system: You are a helpful assistant.
user:
Analyze the provided spectrum to determine if it is a **M-type Giant (gM)**.

A M-type Giant spectrum is defined by its **strong molecular absorption** features, particularly from **Titanium Oxide (TiO)**. You must check for one of the following mutually exclusive signatures:

- **Key Visual Indicators (Absorption-Dominated Spectrum):**

    - **(Primary):** The spectrum is dominated by strong molecular absorption from **Titanium Oxide (TiO)**. This is the **defining feature** of its M-type temperature class.
        - **(Key Bandheads):** Look for sharp, "saw-tooth" absorption valleys. The strongest are located near **~7050 Å**, **~6160 Å**, and **~5170 Å**.
        - **(Line Profile):** The "saw-tooth" morphology is critical: a **sharp, steep drop on the BLUE (short-wavelength) side** of the bandhead, followed by a gradual recovery (rising flux) towards the RED (long-wavelength) side.

    - **(Key Confirmation - Giant vs. Dwarf):** **ABSENCE** of strong **Calcium Hydride (CaH)** molecular bands. This is the primary diagnostic for *excluding* M-dwarfs.
        - **(Key Region):** The spectrum should lack the strong, broad absorption band seen in dwarfs between **~6800 Å and ~7000 Å**.

    - **(Secondary Confirmation - Giant):** A very strong and broad **Neutral Calcium (Ca I)** atomic absorption line.
        - **(Key Line):** Located at **~4226 Å**. In a giant (gM), this line is significantly deeper and broader than the same line in an M-dwarf (dM) due to low surface gravity.

    - **(Overall Spectrum):**
        - The continuum is **extremely red-sloping** (i.e., flux is very low in the blue and rises dramatically towards the red).
        - The entire spectrum appears "chopped up" by the deep TiO bands.

Think first, call **spectral_visualization_tool** if needed to examine features in detail, then provide your final answer. Your response must adhere to the following strict rules:
1.  **Overall Structure:** Your response must follow the format `<think>...</think> <tool_call>...</tool_call> (if a tool is used) <answer>...</answer>`.
2.  **Tool Usage Constraint:** You may only make **one** tool call per turn.
3.  **Final Answer Format:** In the `<answer>` tag, your conclusion must be inside a `\boxed{}` command (e.g., `\boxed{YES}` or `\boxed{NO}`), followed by your justification.

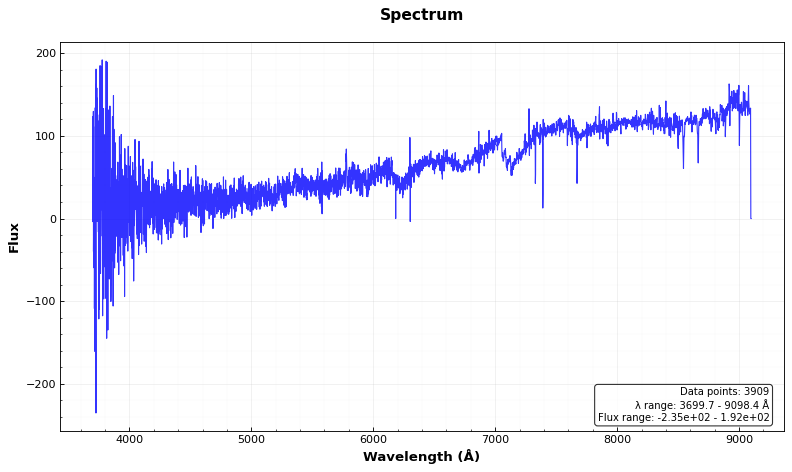
Answer: YES